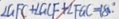
\angle G F C + \angle G C F + \angle F G C = 1 8 0 ^ { \circ } .